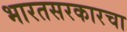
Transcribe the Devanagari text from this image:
भारतसरकारचा